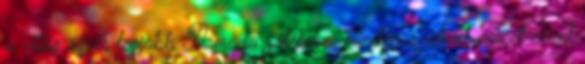
a világ egyik legjobb Armada-játékosa, minden szabad percét ezzel